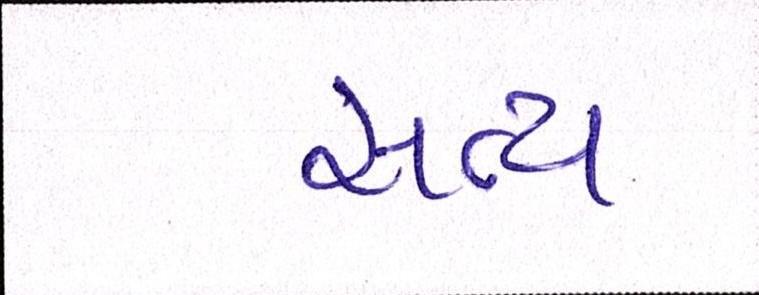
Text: સત્ય